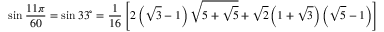
\sin { \frac { 1 1 \pi } { 6 0 } } = \sin 3 3 ^ { \circ } = { \frac { 1 } { 1 6 } } \left[ 2 \left( { \sqrt { 3 } } - 1 \right) { \sqrt { 5 + { \sqrt { 5 } } } } + { \sqrt { 2 } } \left( 1 + { \sqrt { 3 } } \right) \left( { \sqrt { 5 } } - 1 \right) \right]